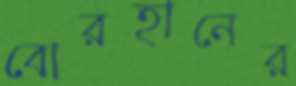
বোরহানের